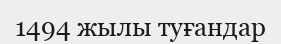
1494 жылы туғандар